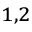
^ { 1 , 2 }